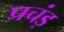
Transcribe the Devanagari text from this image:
प्रचंड़